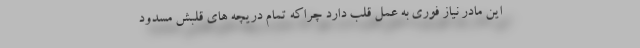
این مادر نیاز فوری به عمل قلب دارد چراکه تمام دریچه های قلبش مسدود